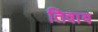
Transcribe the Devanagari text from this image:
तिवाय